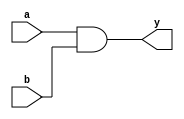
// Verilog code for AND gate using data-flow modeling

module andgate(
    input a,
    input b,
    output y
    );
    assign y = a & b;
endmodule